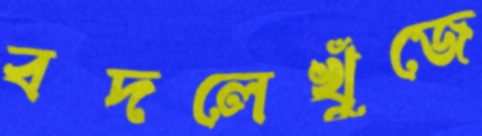
বদলেখুঁজে